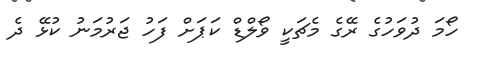
ހޯމަ ދުވަހުގެ ރޭގެ މެޗަކީ ވޯލްޑް ކަޕަށް ފަހު ޖަރުމަނު ކުޅޭ ދެ